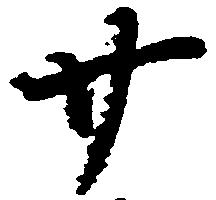
廿